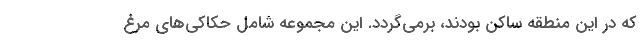
که در این منطقه ساکن بودند، برمی‌گردد. این مجموعه شامل حکاکی‌های مرغ